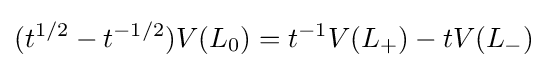
(t^{1/2}-t^{-1/2})V(L_{0})=t^{-1}V(L_{+})-tV(L_{-})